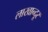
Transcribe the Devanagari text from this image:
लाखान्दूर